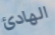
الهادئ